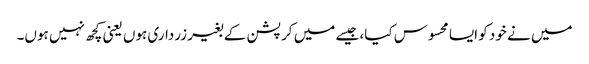
میں نے خود کو ایسا محسوس کیا، جیسے میں کرپشن کے بغیر زرداری ہوں یعنی کچھ نہیں ہوں۔